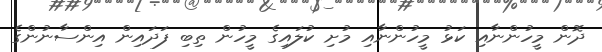
ދޮން މީހުންނާއި ކަޅު މީހުންނާއި މުށި ކުލައިގެ މީހުން ތިބި ފަދައިން އިންސާނުންގެ